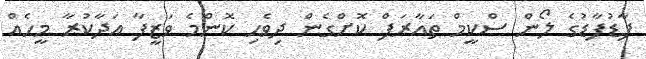
ފާޑުފާޑުގެ ލޯން ސްކީމް ތައާރަފް ކޮށްގެން ދިވެހި ކޮންމެ ވަޒީފާ އަދާކުރާ މީހެއް